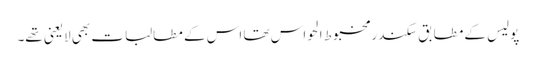
پولیس کے مطابق سکندر مخبوط الحواس تھا اس کے مطالبات بھی لایعنی تھے۔